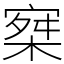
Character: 𡩣